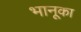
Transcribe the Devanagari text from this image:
भानूका